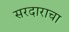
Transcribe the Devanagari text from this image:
सरदाराचा